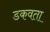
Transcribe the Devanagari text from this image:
डकवता